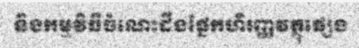
និងកម្មវិធីចំណេះដឹងផ្នែកហិរញ្ញវត្ថុផ្សេង